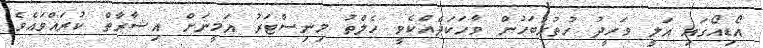
އޯޑިއޯގައި އަލީ ވަހީދު ހުތުރުބަހުން ވާހަކަދެއްކެވީ ހެލްތު މިނިސްޓަރު އަމީނަށް އިޝާރާތް ކުރައްވައެވެ.